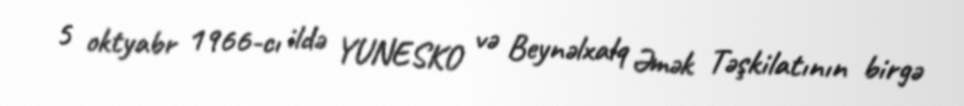
5 oktyabr 1966-cı ildə YUNESKO və Beynəlxalq Əmək Təşkilatının birgə